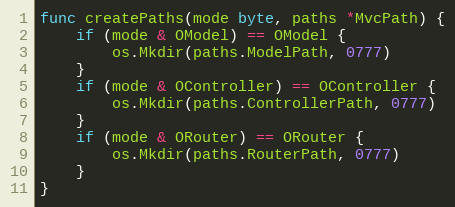
Language: Go
func createPaths(mode byte, paths *MvcPath) {
	if (mode & OModel) == OModel {
		os.Mkdir(paths.ModelPath, 0777)
	}
	if (mode & OController) == OController {
		os.Mkdir(paths.ControllerPath, 0777)
	}
	if (mode & ORouter) == ORouter {
		os.Mkdir(paths.RouterPath, 0777)
	}
}